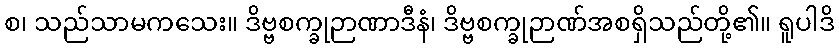
စ၊ သည်သာမကသေး။ ဒိဗ္ဗစက္ခုဉာဏာဒီနံ၊ ဒိဗ္ဗစက္ခုဉာဏ်အစရှိသည်တို့၏။ ရူပါဒိ